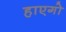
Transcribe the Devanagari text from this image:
हाएगो